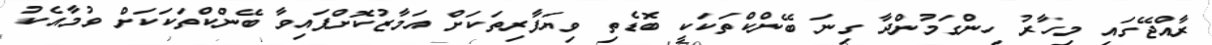
ރާއްޖޭގައި މިހާރު ހިންގަމުންދާ ގިނަ ބޭންކްތަކަކީ ބޮޑެތި ވިޔަފާރިތަކަށް އަމާޒުކޮށްފައިވާ ބޭންކްތަކަކަށް ވުމާއެކު